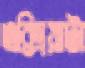
এক্সিয়াটা